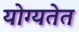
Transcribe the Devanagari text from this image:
योग्यतेत